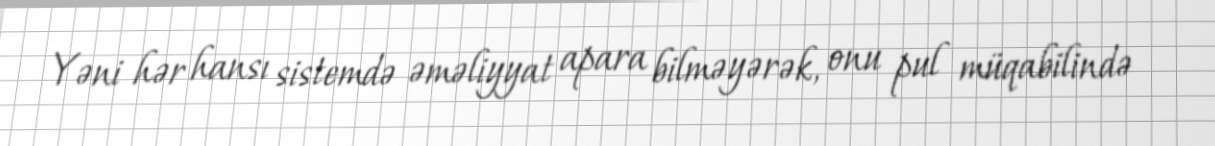
Yəni hər hansı sistemdə əməliyyat apara bilməyərək, onu pul müqabilində